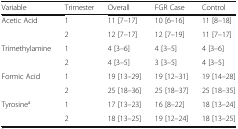
| Variable | Trimester | Overall | FGR Case | Control |
 | --- | --- | --- | --- | --- |
 | <ROWSPAN=2> Acetic Acid | 1 | 11 [7–17] | 10 [6–16] | 11 [8–18] |
 | 2 | 12 [7–17] | 12 [7–19] | 11 [7–17] |
 | <ROWSPAN=2> Trimethylamine | 1 | 4 [3–6] | 4 [3–5] | 4 [3–6] |
 | 2 | 4 [3–5] | 3 [3–5] | 4 [3–5] |
 | <ROWSPAN=2> Formic Acid | 1 | 19 [13–29] | 19 [12–31] | 19 [14–28] |
 | 2 | 25 [18–36] | 25 [18–37] | 25 [18–35] |
 | <ROWSPAN=2> Tyrosinea | 1 | 17 [13–23] | 16 [8–22] | 18 [13–24] |
 | 2 | 18 [13–25] | 19 [12–24] | 18 [13–25] |